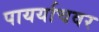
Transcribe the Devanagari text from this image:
पायर्याचवर